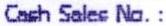
CASH SALES NO. :